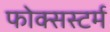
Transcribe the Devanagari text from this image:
फोक्सस्टर्म